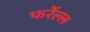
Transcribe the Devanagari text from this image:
फर्रेल्ल